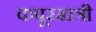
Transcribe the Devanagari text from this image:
कपूरखत्री